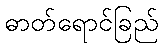
ဓာတ်ရောင်ခြည်